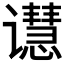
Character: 𬤭